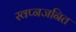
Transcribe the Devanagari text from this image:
स्वप्नजनित